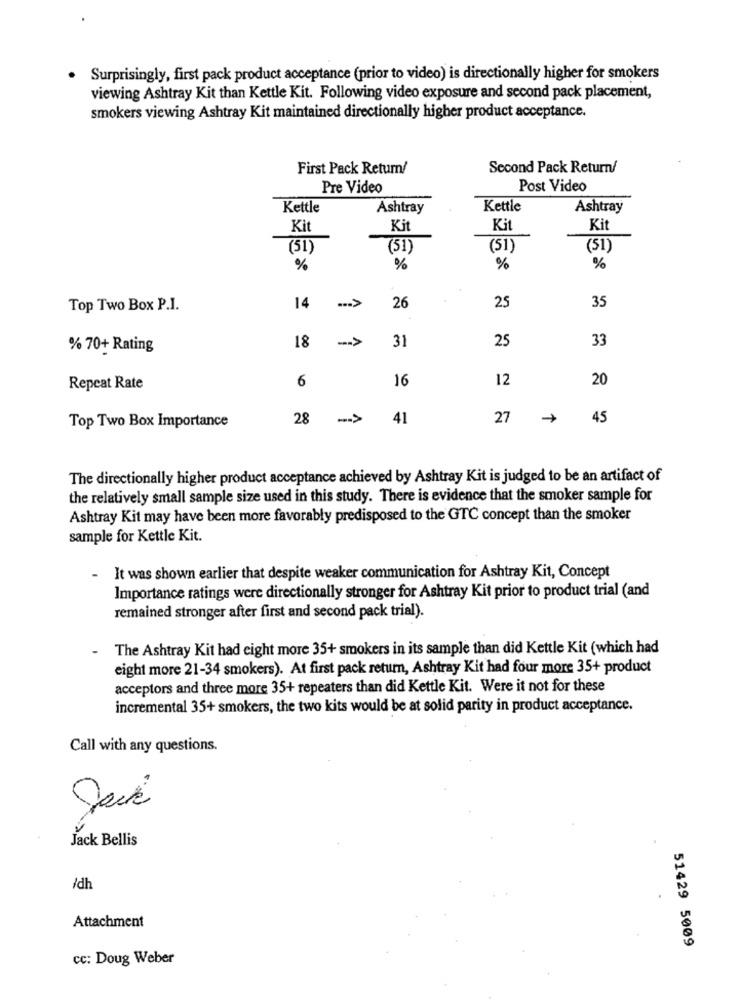
Surprisingly, first pack product acceptance (prior to video) is directionally higher for smokers
viewing Ashtray Kit than Kettle Kit. Following video exposure and second pack placement,
smokers viewing Ashtray Kit maintained directionally higher product acceptance.
First Pack Return!
Second Pack Return/
Pre Video
Post Video
Kettle
Ashtray
Kettle
Ashtray
Kit
Kit
Kit
Ki
(51)
(51)
(51)
(51)
%
%
%
%
... >
35
Top Two Box P.I.
14
26
25
18
--- >
31
25
33
% 70+ Rating
6
16
12
20
Repeat Rate
Top Two Box Importance
28
->
41
27
45
The directionally higher product acceptance achieved by Ashtray Kit is judged to be an artifact of
the relatively small sample size used in this study. There is evidence that the smoker sample for
Ashtray Kit may have been more favorably predisposed to the GTC concept than the smoker
sample for Kettle Kit.
-
It was shown earlier that despite weaker communication for Ashtray Kit, Concept
Importance ratings were directionally stronger for Ashtray Kit prior to product trial (and
remained stronger after first and second pack trial).
The Ashtray Kit had eight more 35+ smokers in its sample than did Kettle Kit (which had
eight more 21-34 smokers). At first pack return, Ashtray Kit had four more 35+ product
acceptors and three more 35+ repeaters than did Kettle Kit. Were it not for these
incremental 35+ smokers, the two kits would be at solid parity in product acceptance.
Call with any questions.
Jack Bellis
/dh
Attachment
51429 5009
cc: Doug Weber